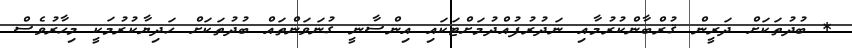
* ބުދުތަކަށް ދަރީން ޤުރްބާންކުރުމާއި ނަދުރުފުއްދުމަށްޓަކައި އިންސާނީ ގުނަވަންތައް ބުދުތަކަށް ހަދިޔާކުރުމަކީ މިހާރުވެސް